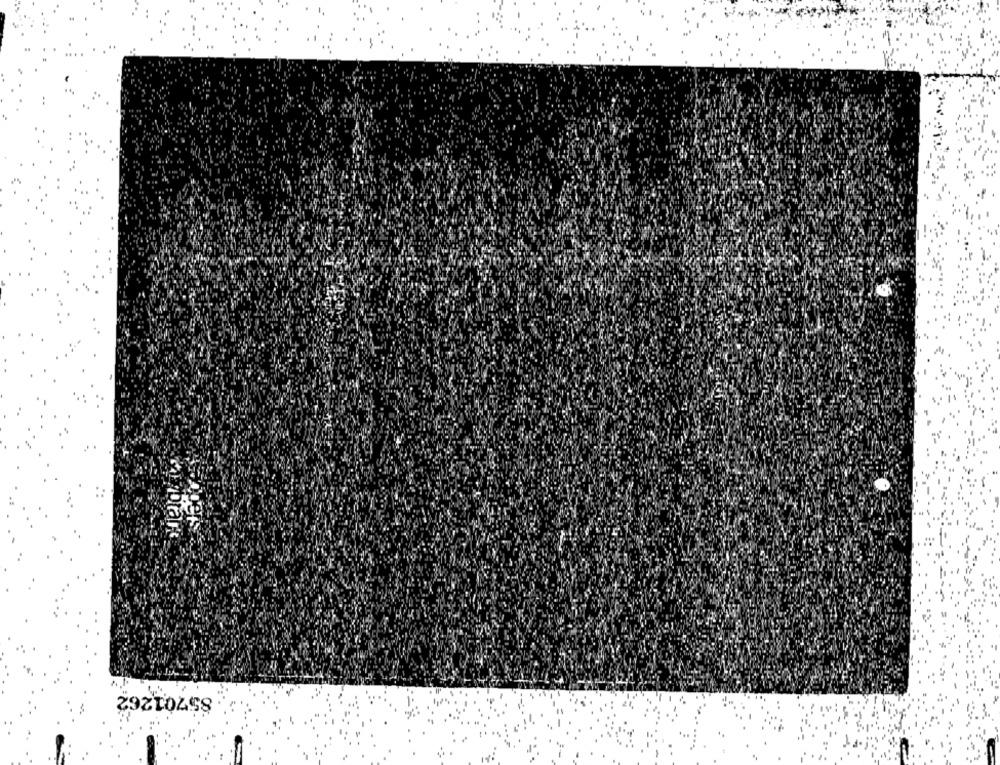
85701262